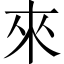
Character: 來